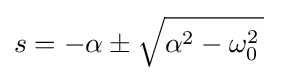
s=-\alpha \pm {\sqrt {\alpha ^{2}-\omega _{0}^{2}\,}}\;